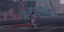
કરડવાનો